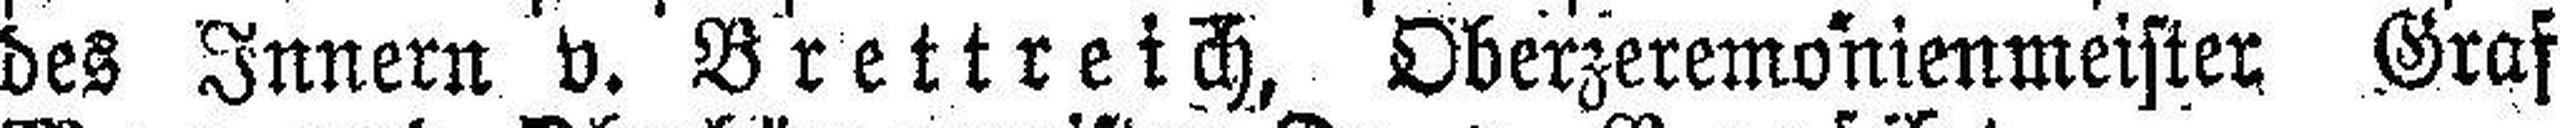
des Innern v. Brettreich, Oberzeremonienmeister Graf